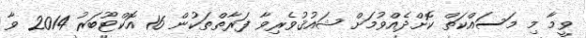
ވީމާ މި މަސައްކަތް ކޮށްދެއްވުމަށް ޝައުޤުވެރިވާ ފަރާތްތަކުން 16 އޮކްޓޫބަރު 2014 ވާ